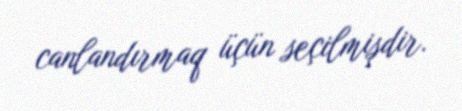
canlandırmaq üçün seçilmişdir.